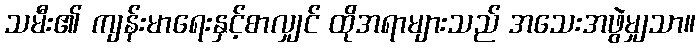
သမီး၏ ကျန်းမာရေးနှင့်စာလျှင် ထိုအရာများသည် အသေးအဖွဲမျှသာ။